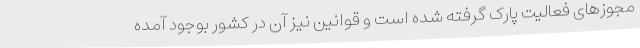
مجوزهای فعالیت پارک گرفته شده است و قوانین نیز آن در کشور بوجود آمده